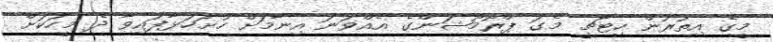
މީގެ އިތުރުން ހިޓާޗީ މެގަ ޕްރޮމޯޝަންގެ އެއްވަނަ އިނާމަށް ހުށަހަޅާފައިވާ ދެ މީހަކަށް